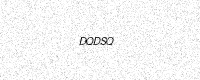
Text: DQDSQ